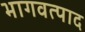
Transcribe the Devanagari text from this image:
भागवत्पाद